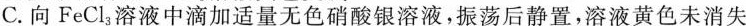
C.向FeCl_{3}溶液中滴加适量无色硝酸银溶液，振荡后静置，溶液黄色未消失